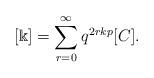
LaTeX: \begin{align*}[\Bbbk]= \sum_{r=0}^{\infty} q^{2rkp}[C].\end{align*}